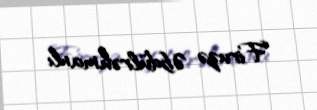
Firuzə Əbdülrəhmanlı